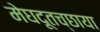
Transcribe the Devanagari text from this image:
मेघदूतच्छाया